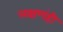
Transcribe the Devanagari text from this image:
लक्षणंही